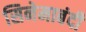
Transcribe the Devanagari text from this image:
सिनेमाबंदी